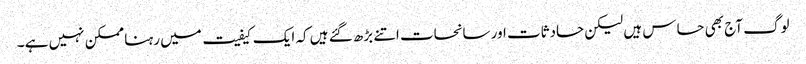
لوگ آج بھی حساس ہیں لیکن حادثات اور سانحات اتنے بڑھ گئے ہیں کہ ایک کیفیت میں رہنا ممکن نہیں ہے ۔